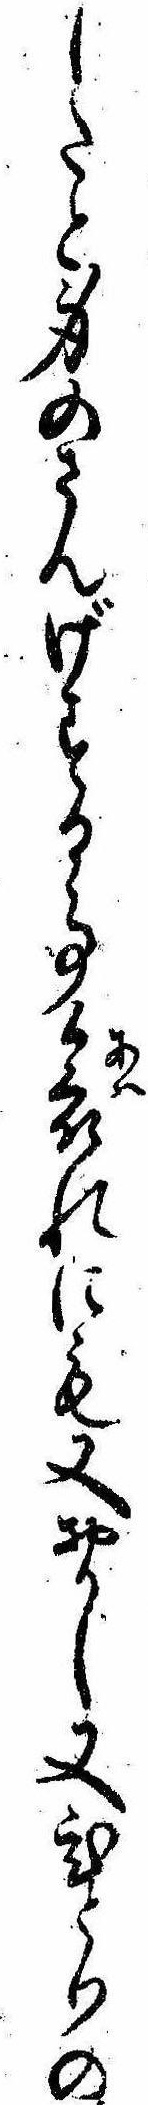
したと身のさんげする事哀れにも又おかし又ひとりの